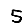
Digit: 5